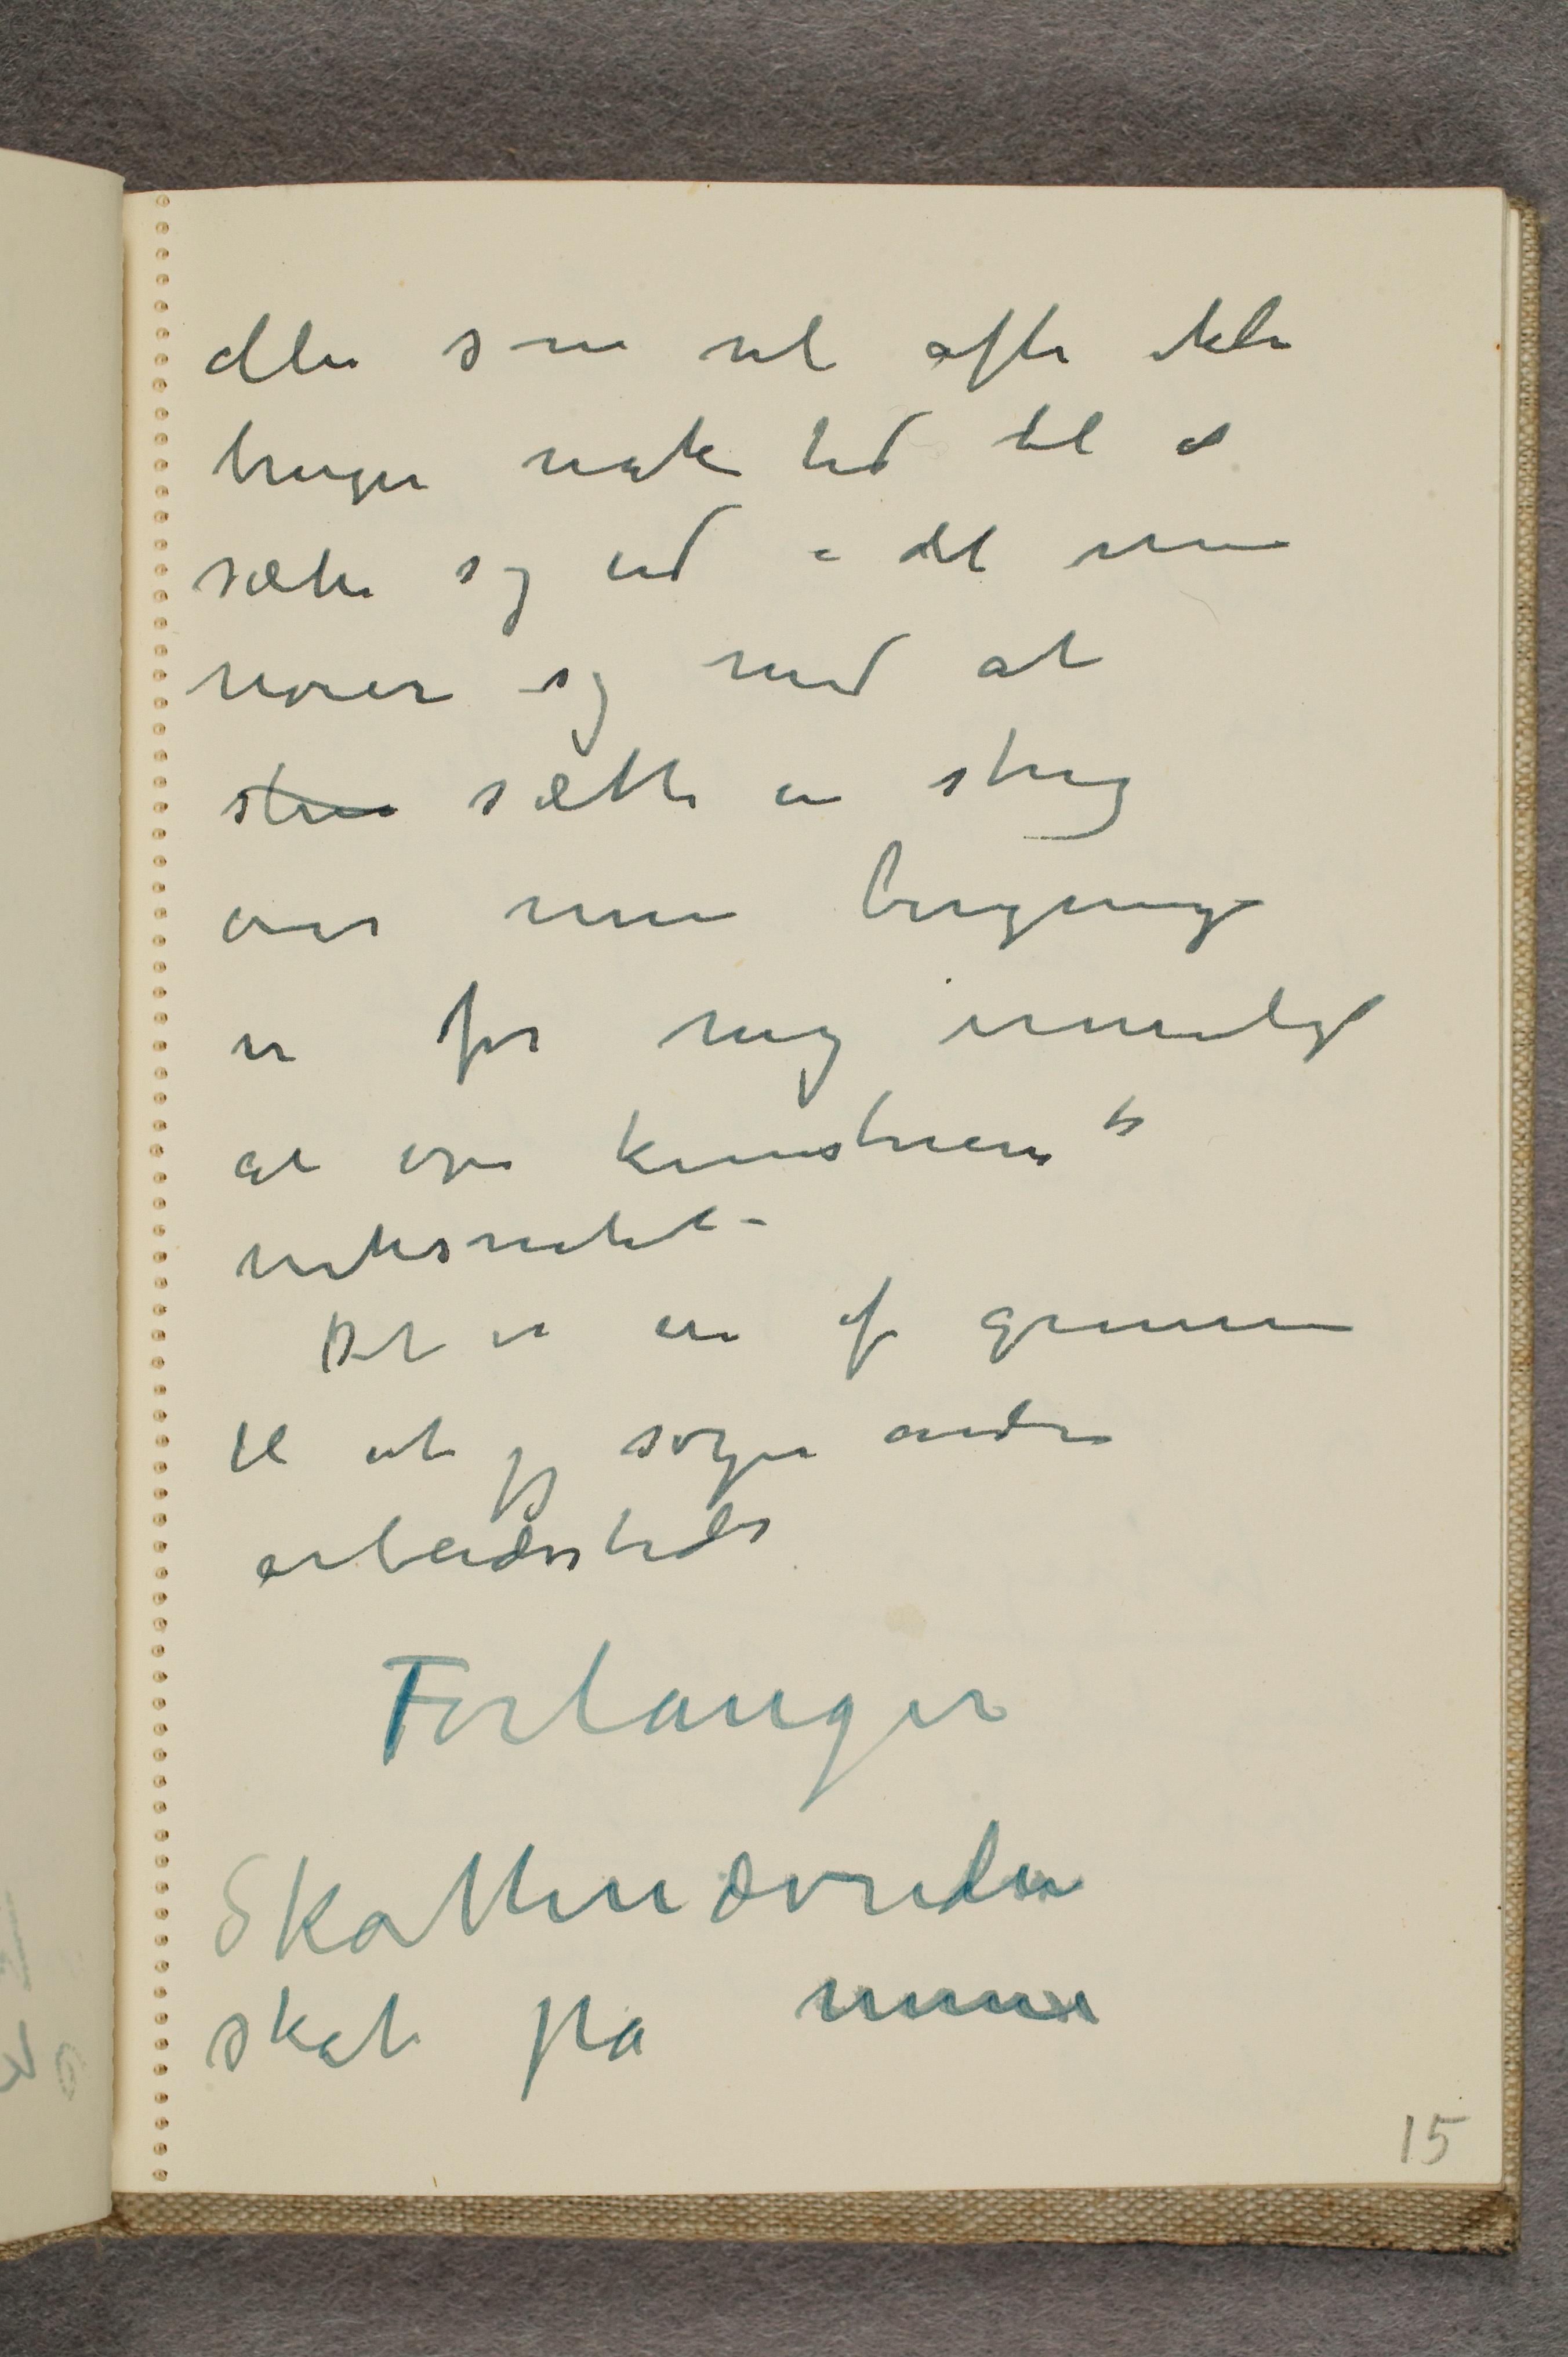
eller som vel ofte ikke
bruger nok tid til at
sætte sig ind i det men
nøier sig med at
str sætte en streg
over min beregning
er for mig umuligt
at øve kunstnerens virksomhet
virksomhet
Det er en af grunnene
til at jeg søger andre
arbeidssteder
Forlanger
skattenævnden
skat på mine